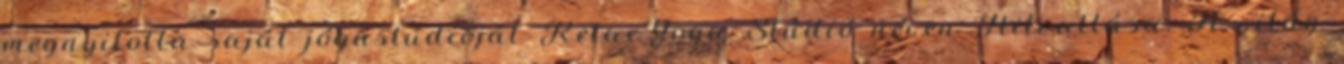
megnyitotta saját jógastúdióját RelaxYoga Stúdió néven Hitvallása: A világ